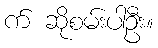
က် ဆိုစမ်းပါဦး။